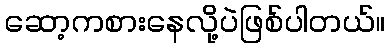
ဆော့ကစားနေလို့ပဲဖြစ်ပါတယ်။